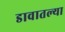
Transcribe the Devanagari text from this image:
डावातल्या